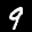
Label: 9